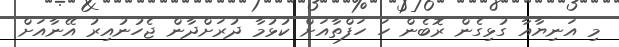
މި އަނިޔާއާ ގުޅިގެން ރޮބެން ހަ ހަފްތާއަށް ކުޅުމާ ދުރަށްދާން ޖެހުނުއިރު އޭނާއަށް